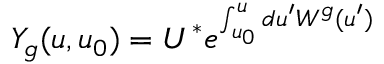
Y _ { g } ( u , u _ { 0 } ) = U ^ { * } e ^ { \int _ { u _ { 0 } } ^ { u } d u ^ { \prime } W ^ { g } ( u ^ { \prime } ) }